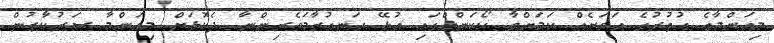
މިއަންމާގެ އުތުރުގެ އަވަށެއް ކަމަށްވާ ކޯކަންގްގައި އުޅޭ ހަނގުރާމަވެރިންނާ ދެކޮޅަށް މިއަންމާ ސަރުކާރުން